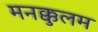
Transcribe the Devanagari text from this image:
मनक्कुलम